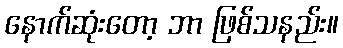
နောက်ဆုံးတော့ ဘာ ဖြစ်သနည်း။